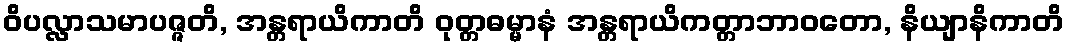
ဝိပလ္လာသမာပဇ္ဇတိ, အန္တရာယိကာတိ ဝုတ္တဓမ္မာနံ အန္တရာယိကတ္တာဘာဝတော, နိယျာနိကာတိ